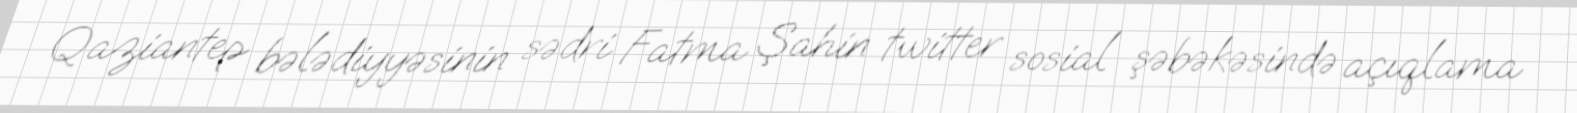
Qaziantep bələdiyyəsinin sədri Fatma Şahin twitter sosial şəbəkəsində açıqlama